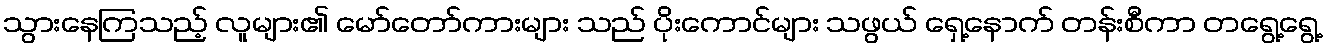
သွားနေကြသည့် လူများ၏ မော်တော်ကားများ သည် ပိုးကောင်များ သဖွယ် ရှေ့နောက် တန်းစီကာ တရွေ့ရွေ့